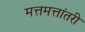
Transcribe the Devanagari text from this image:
मत्तमत्तांतरी